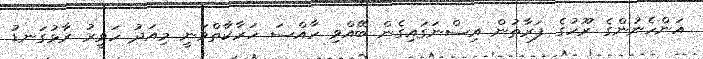
އަންހެނުންގެ ރޫހުގެ ފަރާތުން އިސްނަގައިގެން ބޭއްވި ހާއްސަ ހަރާކާތްވަނީ މިއަދު ހަވީރު ރާޅުގަނޑު